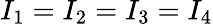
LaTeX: I_{1}=I_{2}=I_{3}=I_{4}